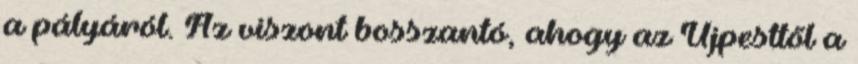
a pályáról. Az viszont bosszantó, ahogy az Újpesttől a